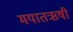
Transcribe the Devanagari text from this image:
मयातऋषी